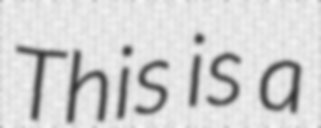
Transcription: This is a